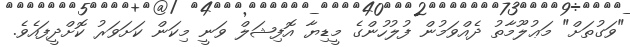
"ވަގުތަށް" މަޢުލޫމާތު ދެއްވަމުން ފުލުހުންގެ މީޑިޔާ އޮފިޝަލް ވަނީ މިކަން ކަށަވަރު ކޮށްދީފައެވެ.